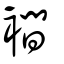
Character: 襇